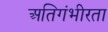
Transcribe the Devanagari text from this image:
अतिगंभीरता